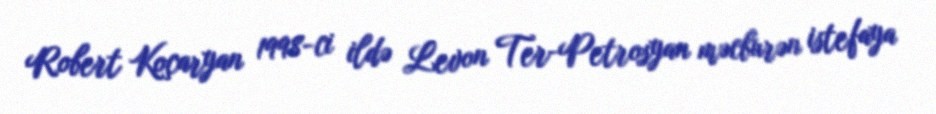
Robert Koçaryan 1998-ci ildə Levon Ter-Petrosyan məcburən istefaya